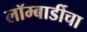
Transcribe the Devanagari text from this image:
लॉम्बार्डीचा